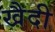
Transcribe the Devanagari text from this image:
खैदी